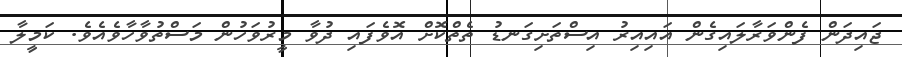
ޖައިދަން ފެންވަރާލައިގެން އައިއިރު އިސްތަށިގަނޑު ތެތްކޮށް އޮވެފައި ދުވާ މީރުވަހުން މަސްތުވާހާވެއެވެ. ކަމީލާ